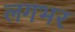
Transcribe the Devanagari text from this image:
लगभर